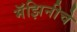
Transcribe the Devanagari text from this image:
मॅझिनीचे